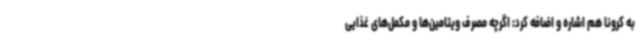
به کرونا هم اشاره و اضافه کرد: اگرچه مصرف ویتامین‌ها و مکمل‌های غذایی